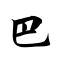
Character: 巴